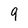
Character: 9